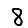
Digit: 8